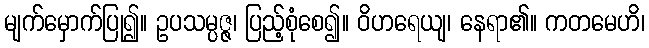
မျက်မှောက်ပြု၍။ ဥပသမ္ပဇ္ဇ၊ ပြည့်စုံစေ၍။ ဝိဟရေယျ၊ နေရာ၏။ ကတမေဟိ၊